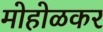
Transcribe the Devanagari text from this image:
मोहोळकर